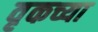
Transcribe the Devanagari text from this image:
वृकच्या